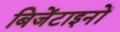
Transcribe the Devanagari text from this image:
बिजेंटाइनों